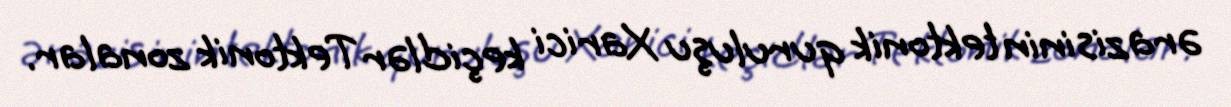
ərazisinin tektonik quruluşu Xarici keçidlər Tektonik zonalar.